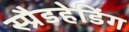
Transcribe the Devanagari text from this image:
स्प्रैडहेडिंग